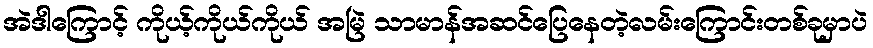
အဲဒါကြောင့် ကိုယ့်ကိုယ်ကိုယ် အမြဲ သာမာန်အဆင်ပြေနေတဲ့လမ်းကြောင်းတစ်ခုမှာပဲ